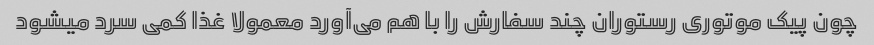
چون پیک موتوری رستوران چند سفارش را با هم می‌آورد معمولا غذا کمی سرد میشود